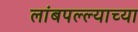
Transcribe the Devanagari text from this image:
लांबपल्ल्याच्या